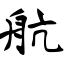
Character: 航